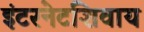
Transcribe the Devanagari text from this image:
इंटरनेटशिवाय